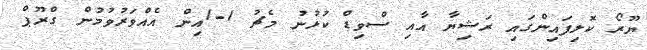
ޔޫރޯ ކޮލިފައިންގައި ރަޝިޔާ އާއި ސްވިޑް ކުޅުނު މެޗު 1-1އިން އެއްވަރުވުމުން ގްރޫޕް